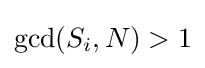
\gcd({S_{i},N})>1